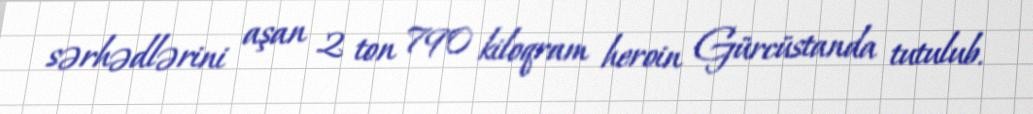
sərhədlərini aşan 2 ton 790 kiloqram heroin Gürcüstanda tutulub.